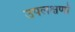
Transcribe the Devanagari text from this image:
उपलक्षणों